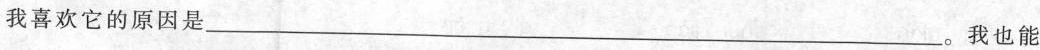
我喜欢它的原因是___。我也能